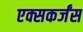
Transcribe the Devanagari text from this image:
एक्सकर्जंस